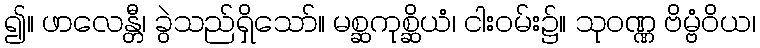
၍။ ဖာလေန္တီ၊ ခွဲသည်ရှိသော်။ မစ္ဆကုစ္ဆိယံ၊ ငါးဝမ်း၌။ သုဝဏ္ဏ ဗိမ္ဗံဝိယ၊